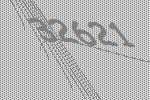
32621